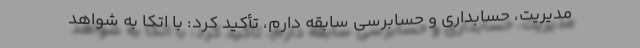
مدیریت، حسابداری و حسابرسی سابقه دارم، تأکید کرد: با اتكا به شواهد